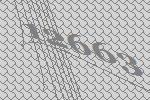
12663